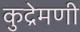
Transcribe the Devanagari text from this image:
कुद्रेमणी